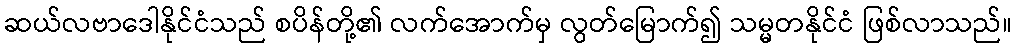
ဆယ်လဗာဒေါနိုင်ငံသည် စပိန်တို့၏ လက်အောက်မှ လွတ်မြောက်၍ သမ္မတနိုင်ငံ ဖြစ်လာသည်။